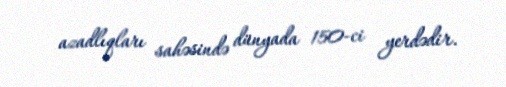
azadlıqları sahəsində dünyada 150-ci yerdədir.